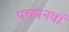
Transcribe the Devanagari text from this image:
पचपनवां